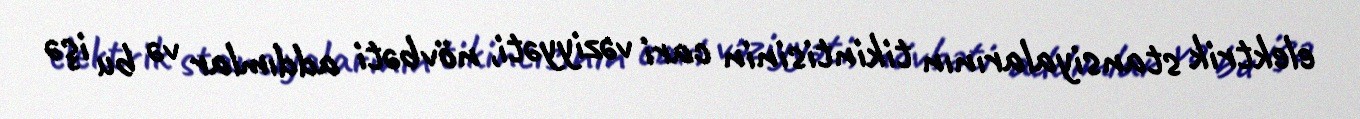
elektrik stansiyalarının tikintisinin cari vəziyyəti, növbəti addımlar və bu işə